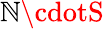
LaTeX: \mathbb{N}\cdotS